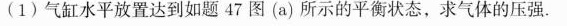
(1)气缸水平放置达到如题47图(a)所示的平衡状态，求气体的压强.